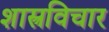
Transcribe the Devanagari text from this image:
शास्त्रविचार